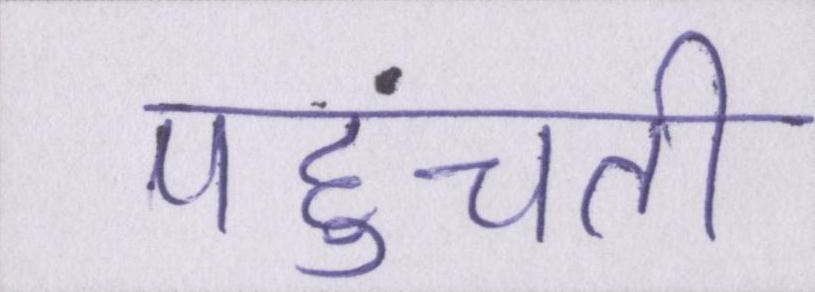
पहुंचती